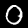
Digit: 0